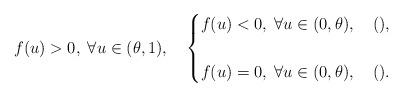
LaTeX: \begin{align*}f(u)>0,\;\forall u\in(\theta, 1), \quad\begin{cases}f(u)<0,\;\forall u\in (0, \theta), \quad(),\\\\f(u)=0,\;\forall u\in (0, \theta), \quad().\end{cases}\end{align*}